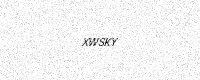
Text: XWSKY